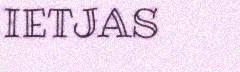
IETJAS